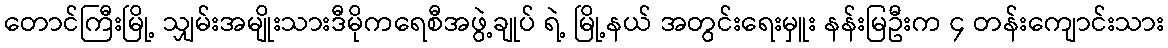
တောင်ကြီးမြို့ သျှမ်းအမျိုးသားဒီမိုကရေစီအဖွဲ့ချုပ် ရဲ့ မြို့နယ် အတွင်းရေးမှူး နန်းမြဦးက ၄ တန်းကျောင်းသား